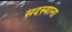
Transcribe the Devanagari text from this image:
सदस्याना